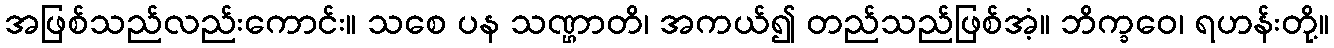
အဖြစ်သည်လည်းကောင်း။ သစေ ပန သဏ္ဌာတိ၊ အကယ်၍ တည်သည်ဖြစ်အံ့။ ဘိက္ခဝေ၊ ရဟန်းတို့။